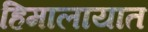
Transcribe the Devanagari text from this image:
हिमालायात